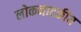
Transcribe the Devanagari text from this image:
लोकनाटकीय